Leprosy in India: report of the Leprosy Commission in India, 1890-91
Year: 1890
Disease focus: Leprosy
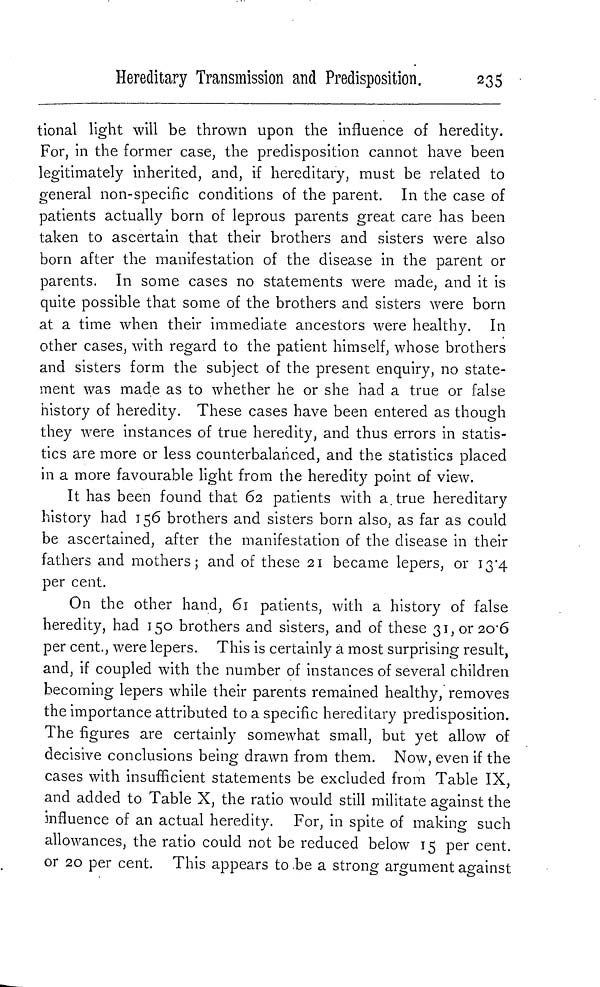
Hereditary Transmission and Predisposition.
235
tional light will be thrown upon the influence of heredity.
For, in the former case, the predisposition cannot have been
legitimately inherited, and, if hereditary, must be related to
general non-specific conditions of the parent. In the case of
patients actually born of leprous parents great care has been
taken to ascertain that their brothers and sisters were also
born after the manifestation of the disease in the parent or
parents. In some cases no statements were made, and it is
quite possible that some of the brothers and sisters were born
at a time when their immediate ancestors were healthy. In
other cases, with regard to the patient himself, whose brothers
and sisters form the subject of the present enquiry, no state-
ment was made as to whether he or she had a true or false
history of heredity. These cases have been entered as though
they were instances of true heredity, and thus errors in statis-
tics are more or less counterbalanced, and the statistics placed
in a more favourable light from the heredity point of view.
It has been found that 62 patients with a true hereditary
history had 156 brothers and sisters born also, as far as could
be ascertained, after the manifestation of the disease in their
fathers and mothers; and of these 21 became lepers, or 13.4
per cent.
On the other hand, 61 patients, with a history of false
heredity, had 150 brothers and sisters, and of these 31, or 20.6
per cent., were lepers. This is certainly a most surprising result,
and, if coupled with the number of instances of several children
becoming lepers while their parents remained healthy, removes
the importance attributed to a specific hereditary predisposition.
The figures are certainly somewhat small, but yet allow of
decisive conclusions being drawn from them. Now, even if the
cases with insufficient statements be excluded from Table IX,
and added to Table X, the ratio would still militate against the
influence of an actual heredity. For, in spite of making such
allowances, the ratio could not be reduced below 15 per cent.
or 20 per cent. This appears to be a strong argument against